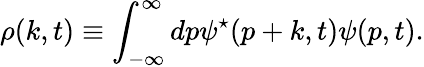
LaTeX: {\rho}(k,t)\equiv\int_{-\infty}^{\infty}dp{\psi}^{\star}(p+k,t){\psi}(p,t).